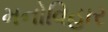
મનોવિહાર